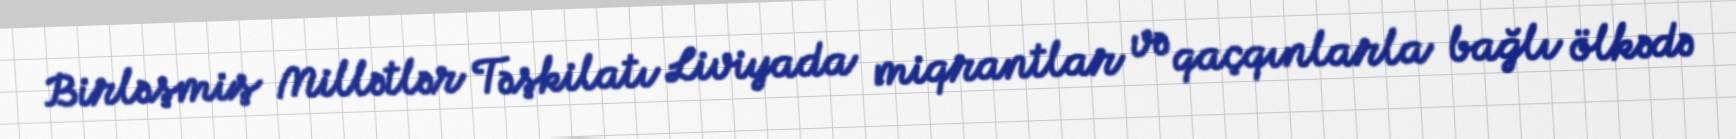
Birləşmiş Millətlər Təşkilatı Liviyada miqrantlar və qaçqınlarla bağlı ölkədə